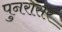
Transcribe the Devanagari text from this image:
पुनरासर